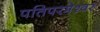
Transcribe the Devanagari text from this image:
पतिपरमेश्वर